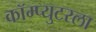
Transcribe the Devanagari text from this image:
कॉम्प्युटरला